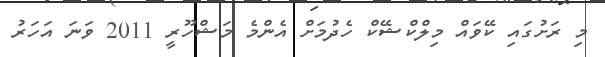
މި ރަށުގައި ކޭވައް މިލްކްޝޭކް ހެދުމަށް އެންމެ މަޝްހޫރީ 2011 ވަނަ އަހަރު